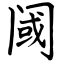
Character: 阈